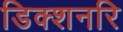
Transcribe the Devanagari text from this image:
डिक्शनरि